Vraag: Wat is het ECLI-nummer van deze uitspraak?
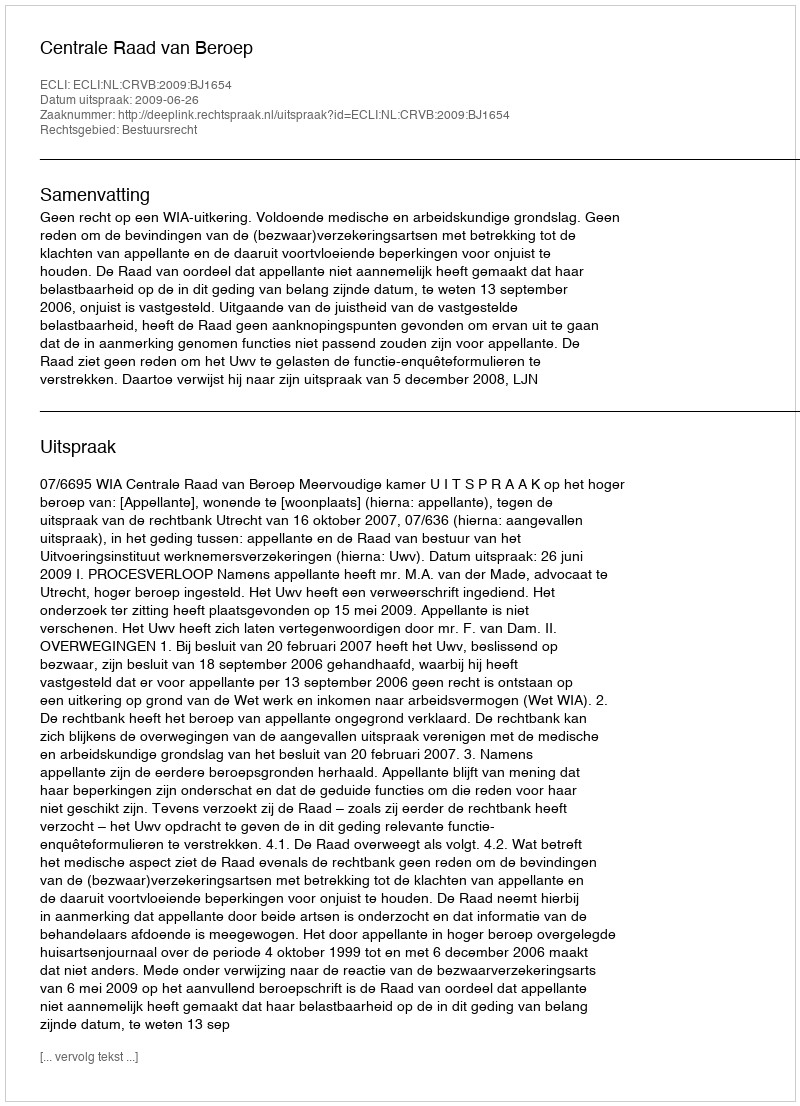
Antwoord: ECLI:NL:CRVB:2009:BJ1654